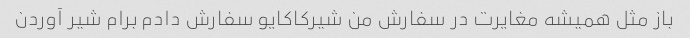
باز مثل همیشه مغایرت در سفارش من شیرکاکایو سفارش دادم برام شیر آوردن